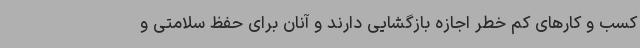
کسب و کارهای کم خطر اجازه بازگشایی دارند و آنان برای حفظ سلامتی و